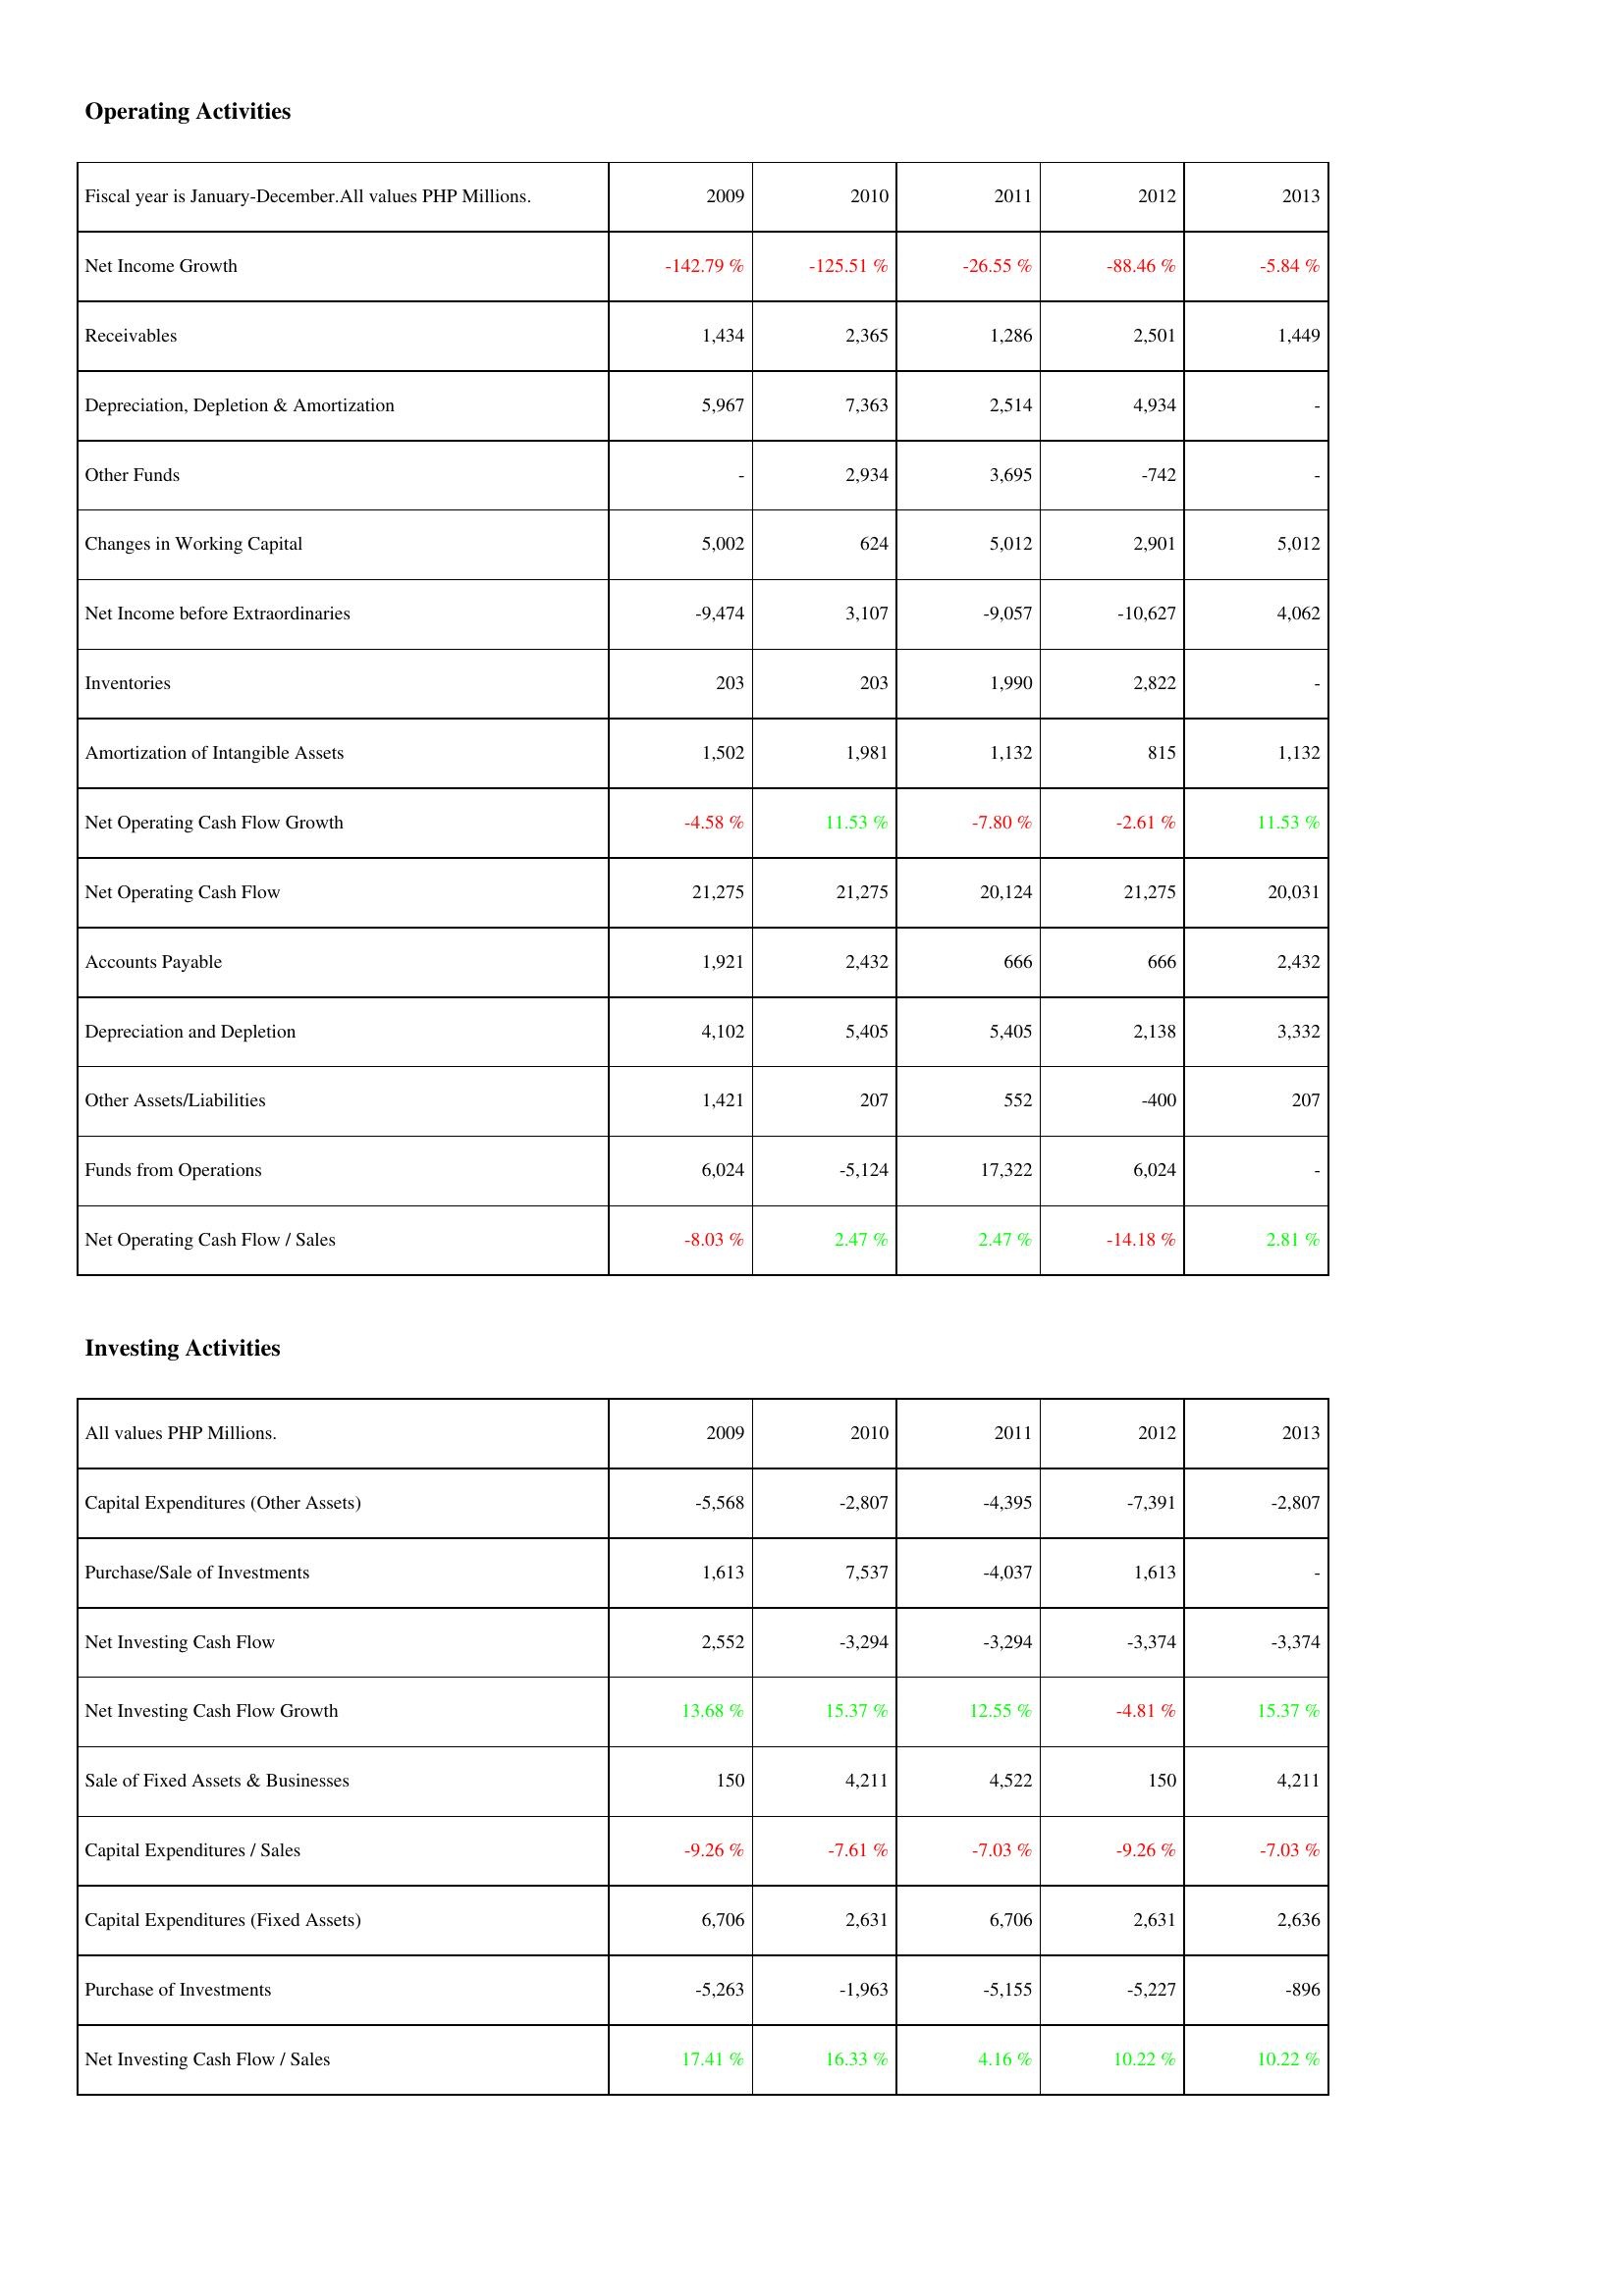
2009: Operating Activities: Net Income Growth: -142.79 %
Receivables: 1,434
Depreciation, Depletion & Amortization: 5,967
Other Funds: -
Changes in Working Capital: 5,002
Net Income before Extraordinaries: -9,474
Inventories: 203
Amortization of Intangible Assets: 1,502
Net Operating Cash Flow Growth: -4.58 %
Net Operating Cash Flow: 21,275
Accounts Payable: 1,921
Depreciation and Depletion: 4,102
Other Assets/Liabilities: 1,421
Funds from Operations: 6,024
Net Operating Cash Flow / Sales: -8.03 %
Investing Activities: Capital Expenditures (Other Assets): -5,568
Purchase/Sale of Investments: 1,613
Net Investing Cash Flow: 2,552
Net Investing Cash Flow Growth: 13.68 %
Sale of Fixed Assets & Businesses: 150
Capital Expenditures / Sales: -9.26 %
Capital Expenditures (Fixed Assets): 6,706
Purchase of Investments: -5,263
Net Investing Cash Flow / Sales: 17.41 %
2010: Operating Activities: Net Income Growth: -125.51 %
Receivables: 2,365
Depreciation, Depletion & Amortization: 7,363
Other Funds: 2,934
Changes in Working Capital: 624
Net Income before Extraordinaries: 3,107
Inventories: 203
Amortization of Intangible Assets: 1,981
Net Operating Cash Flow Growth: 11.53 %
Net Operating Cash Flow: 21,275
Accounts Payable: 2,432
Depreciation and Depletion: 5,405
Other Assets/Liabilities: 207
Funds from Operations: -5,124
Net Operating Cash Flow / Sales: 2.47 %
Investing Activities: Capital Expenditures (Other Assets): -2,807
Purchase/Sale of Investments: 7,537
Net Investing Cash Flow: -3,294
Net Investing Cash Flow Growth: 15.37 %
Sale of Fixed Assets & Businesses: 4,211
Capital Expenditures / Sales: -7.61 %
Capital Expenditures (Fixed Assets): 2,631
Purchase of Investments: -1,963
Net Investing Cash Flow / Sales: 16.33 %
2011: Operating Activities: Net Income Growth: -26.55 %
Receivables: 1,286
Depreciation, Depletion & Amortization: 2,514
Other Funds: 3,695
Changes in Working Capital: 5,012
Net Income before Extraordinaries: -9,057
Inventories: 1,990
Amortization of Intangible Assets: 1,132
Net Operating Cash Flow Growth: -7.80 %
Net Operating Cash Flow: 20,124
Accounts Payable: 666
Depreciation and Depletion: 5,405
Other Assets/Liabilities: 552
Funds from Operations: 17,322
Net Operating Cash Flow / Sales: 2.47 %
Investing Activities: Capital Expenditures (Other Assets): -4,395
Purchase/Sale of Investments: -4,037
Net Investing Cash Flow: -3,294
Net Investing Cash Flow Growth: 12.55 %
Sale of Fixed Assets & Businesses: 4,522
Capital Expenditures / Sales: -7.03 %
Capital Expenditures (Fixed Assets): 6,706
Purchase of Investments: -5,155
Net Investing Cash Flow / Sales: 4.16 %
2012: Operating Activities: Net Income Growth: -88.46 %
Receivables: 2,501
Depreciation, Depletion & Amortization: 4,934
Other Funds: -742
Changes in Working Capital: 2,901
Net Income before Extraordinaries: -10,627
Inventories: 2,822
Amortization of Intangible Assets: 815
Net Operating Cash Flow Growth: -2.61 %
Net Operating Cash Flow: 21,275
Accounts Payable: 666
Depreciation and Depletion: 2,138
Other Assets/Liabilities: -400
Funds from Operations: 6,024
Net Operating Cash Flow / Sales: -14.18 %
Investing Activities: Capital Expenditures (Other Assets): -7,391
Purchase/Sale of Investments: 1,613
Net Investing Cash Flow: -3,374
Net Investing Cash Flow Growth: -4.81 %
Sale of Fixed Assets & Businesses: 150
Capital Expenditures / Sales: -9.26 %
Capital Expenditures (Fixed Assets): 2,631
Purchase of Investments: -5,227
Net Investing Cash Flow / Sales: 10.22 %
2013: Operating Activities: Net Income Growth: -5.84 %
Receivables: 1,449
Depreciation, Depletion & Amortization: -
Other Funds: -
Changes in Working Capital: 5,012
Net Income before Extraordinaries: 4,062
Inventories: -
Amortization of Intangible Assets: 1,132
Net Operating Cash Flow Growth: 11.53 %
Net Operating Cash Flow: 20,031
Accounts Payable: 2,432
Depreciation and Depletion: 3,332
Other Assets/Liabilities: 207
Funds from Operations: -
Net Operating Cash Flow / Sales: 2.81 %
Investing Activities: Capital Expenditures (Other Assets): -2,807
Purchase/Sale of Investments: -
Net Investing Cash Flow: -3,374
Net Investing Cash Flow Growth: 15.37 %
Sale of Fixed Assets & Businesses: 4,211
Capital Expenditures / Sales: -7.03 %
Capital Expenditures (Fixed Assets): 2,636
Purchase of Investments: -896
Net Investing Cash Flow / Sales: 10.22 %